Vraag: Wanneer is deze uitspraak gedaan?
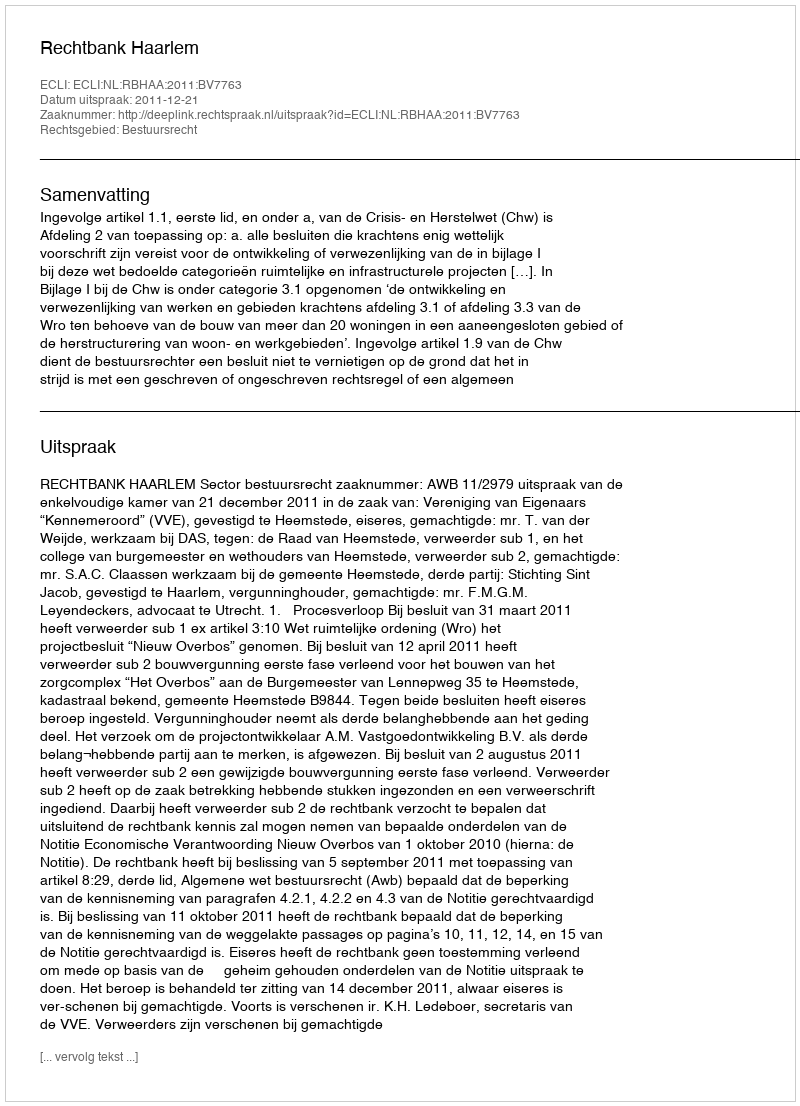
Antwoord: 2011-12-21